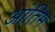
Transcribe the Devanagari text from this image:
आंतिम